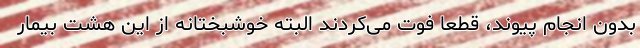
بدون انجام پیوند، قطعا فوت می‌کردند البته خوشبختانه از این هشت بیمار